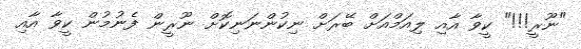
"ނޫރީ!!!" ކީވާ އާއި ލިއަމްއަށް ބޭރަށް ނިކުންނަނިކޮށް ނޫރީން ފެނުމުން ކީވާ އާއި